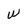
Character: W